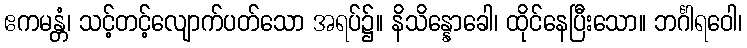
ဧကမန္တံ၊ သင့်တင့်လျောက်ပတ်သော အရပ်၌။ နိသိန္နောခေါ၊ ထိုင်နေပြီးသော။ ဘင်္ဂါရဝေါ၊